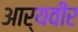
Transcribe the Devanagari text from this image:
आर्यवीर